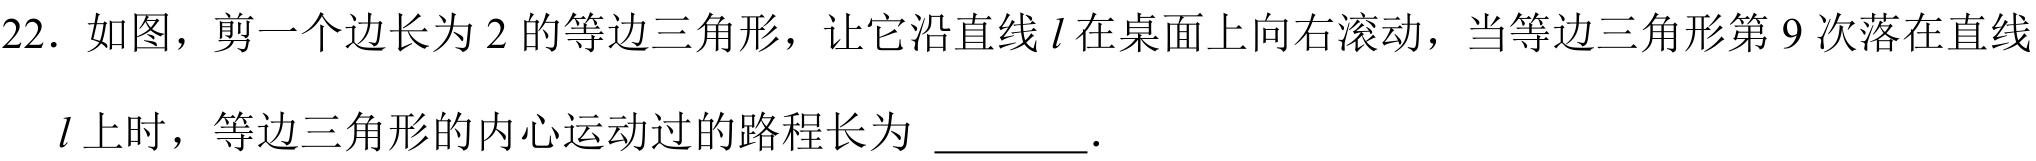
22. 如图，剪一个边长为2的等边三角形，让它沿直线\(l\)在桌面上向右滚动，当等边三角形第9次落在直线\(l\)上时，等边三角形的内心运动过的路程长为  ．